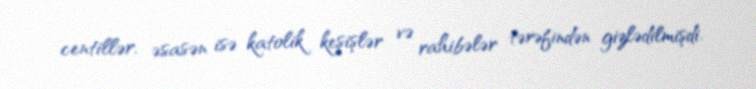
centillər, əsasən isə katolik keşişlər və rahibələr tərəfindən gizlədilmişdi.